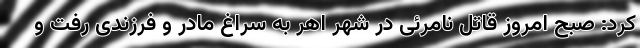
کرد: ‌صبح امروز قاتل نامرئی در شهر اهر به سراغ مادر و فرزندی رفت و